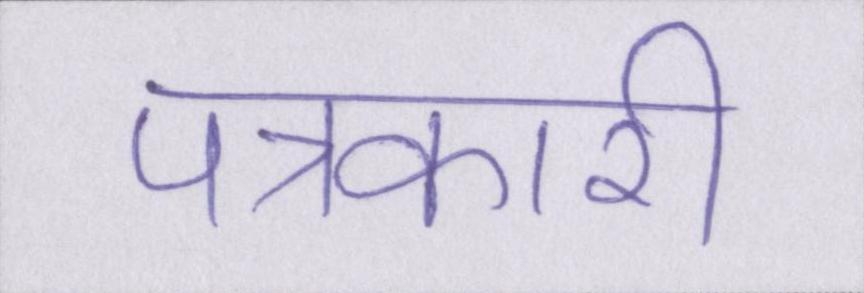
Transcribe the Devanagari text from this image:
पत्रकारी